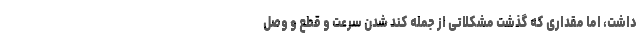
داشت، اما مقداری که گذشت مشکلاتی از جمله کند شدن سرعت و قطع و وصل